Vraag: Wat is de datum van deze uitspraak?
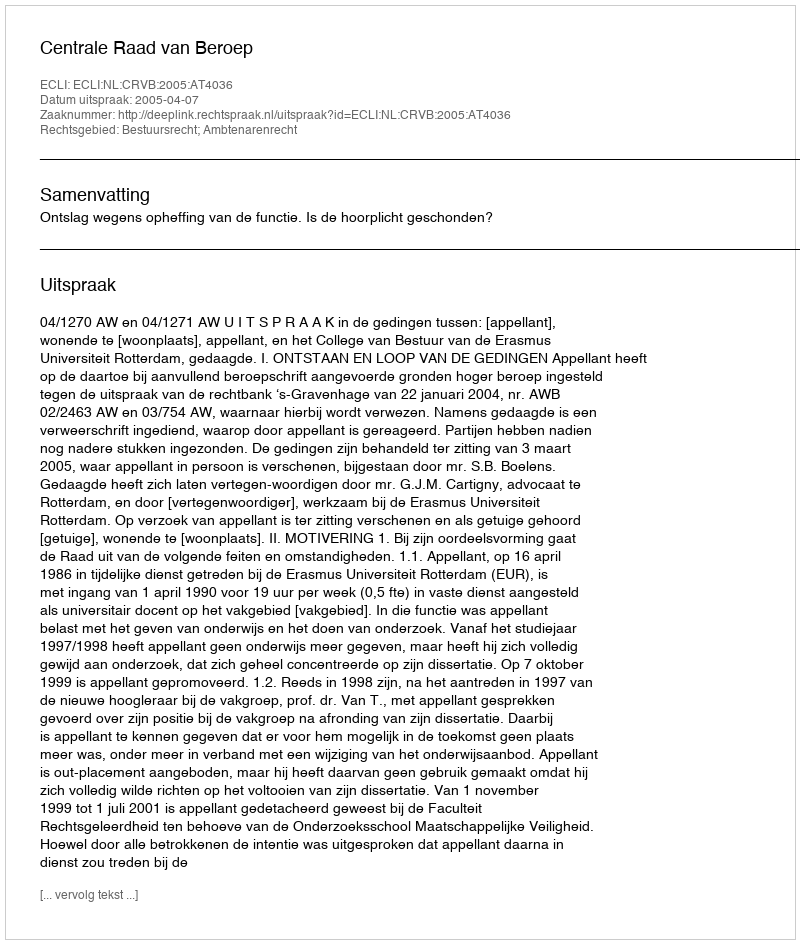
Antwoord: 2005-04-07